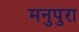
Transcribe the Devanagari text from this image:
मनुपुरा